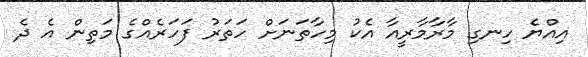
އިއްޔެ ހިނގި މާރާމާރީއާ އެކު މިހާތަނަށް ހަތަރު ފަހަރެއްގެ މަތިން އެ ދެ